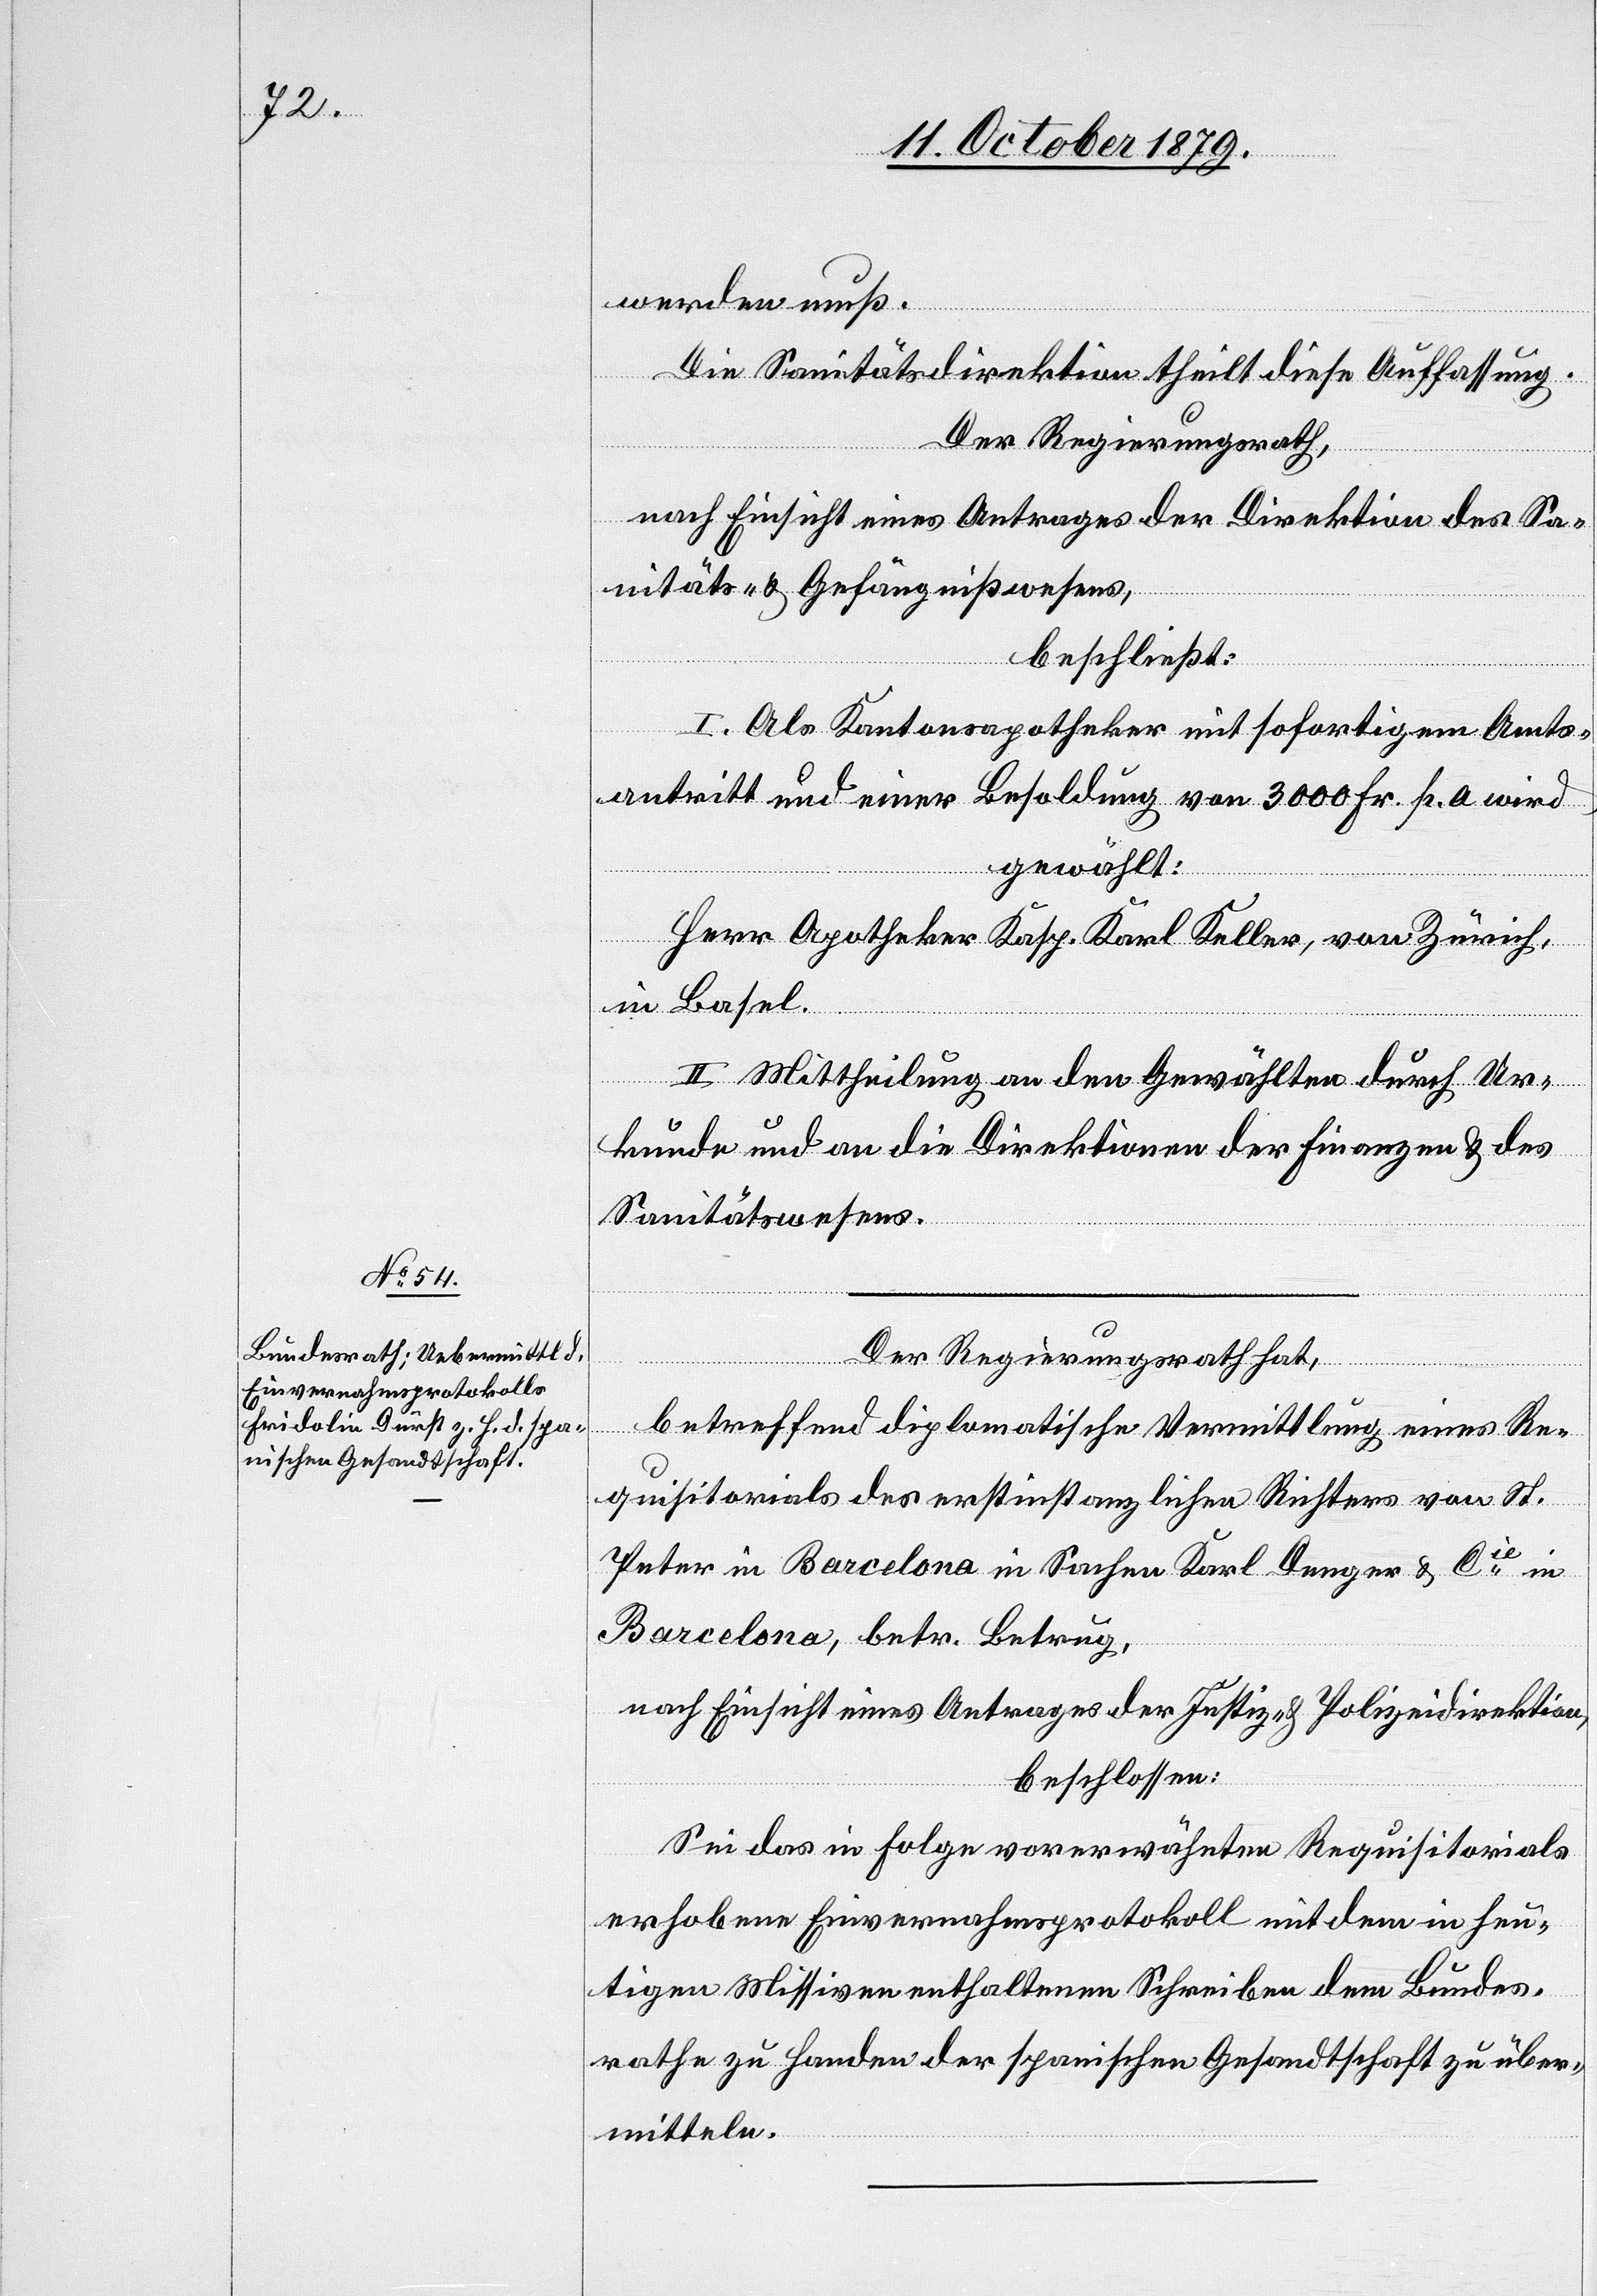
werden muß.
Die Sanitätsdirektion theilt diese Auffassung.
Der Regierungsrath,
nach Einsicht eines Antrages der Direktion des Sa¬
nitäts- & Gefängniswesens,
beschließt:
I. Als Kantonsapotheker mit sofortigem Amts¬
antritt und einer Besoldung von 3000 Fr. p. a wird
gewählt:
Herr Apotheker Kasp. Karl Keller, von Zürich,
in Basel.
II. Mittheilung an den Gewählten durch Ur¬
kunde und an die Direktionen der Finanzen & des
Sanitätswesens.
Der Regierungsrath hat,
betreffend diplomatische Vermittlung eines Re¬
quisitorials des erstinstanzlichen Richters von St.
Peter in Barcelona in Sachen Karl Denger & Cie in
Barcelona, betr. Betrug,
nach Einsicht eines Antrages der Justiz- & Polizeidirektion,
beschloßen:
Sei das in Folge vorerwähnten Requisitorials
erhobene Einvernahmsprotokoll mit dem in heu¬
tigen Missiven enthaltenen Schreiben dem Bundes¬
rath zu Handen der spanischen Gesandtschaft zu über¬
mitteln.